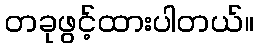
တခုဖွင့်ထားပါတယ်။